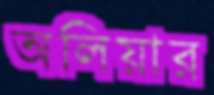
অলিয়ার